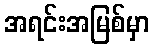
အရင်းအမြစ်မှာ